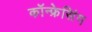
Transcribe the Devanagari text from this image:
कॉन्फ्रेसिंग